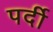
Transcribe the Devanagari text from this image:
पर्दी